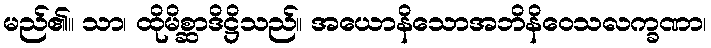
မည်၏။ သာ၊ ထိုမိစ္ဆာဒိဋ္ဌိသည်။ အယောနိသောအဘိနိဝေသလက္ခဏာ၊